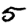
Digit: 5